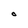
Character: O